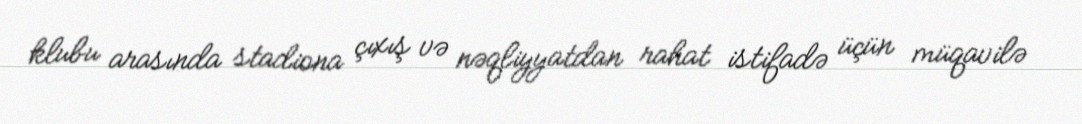
klubu arasında stadiona çıxış və nəqliyyatdan rahat istifadə üçün müqavilə